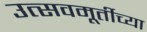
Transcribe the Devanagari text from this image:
उत्सवमूर्तीच्या